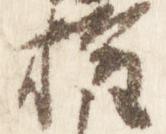
権